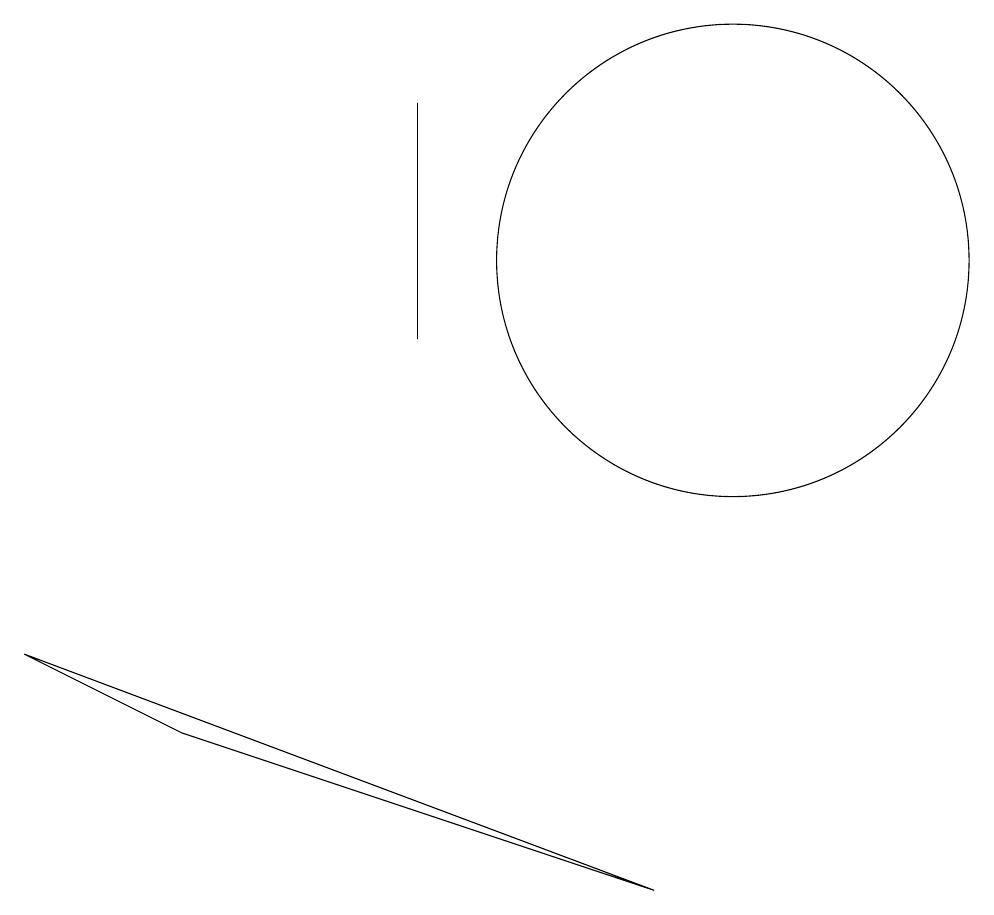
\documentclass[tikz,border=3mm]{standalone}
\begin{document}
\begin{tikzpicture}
\draw (1,7) -- (3,6) -- (9,4) -- cycle;
\draw (6,11) rectangle (6,14);
\draw (10,12) circle (3);
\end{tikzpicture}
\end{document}